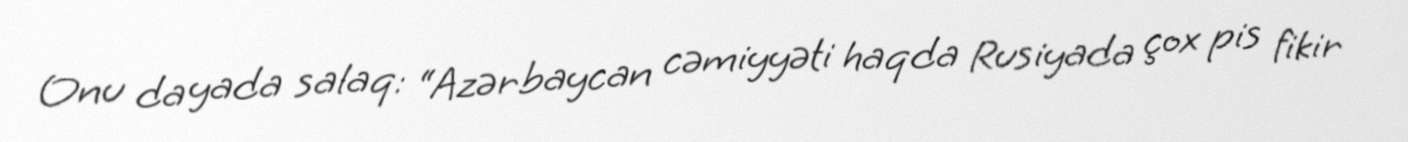
Onu da yada salaq: “Azərbaycan cəmiyyəti haqda Rusiyada çox pis fikir